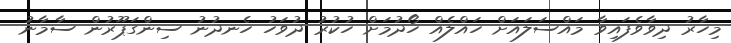
މިހާރު ދިވާވެފައިވާ މައްސަލައަށް ހައްލެއް ހޯދުމަށް ހުކުރު ދުވަހު ހެނދުނު ސިންގަޕޫރުން ސާމާނު